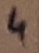
Text: 4